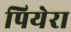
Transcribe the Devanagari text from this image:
पियेरा